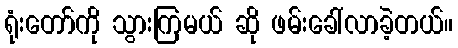
ရုံးတော်ကို သွားကြမယ် ဆို ဖမ်းခေါ်လာခဲ့တယ်။